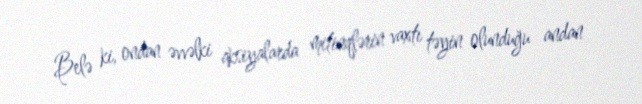
Belə ki, ondan əvvəlki aksiyalarda mitinqlərin vaxtı təyin olunduğu andan